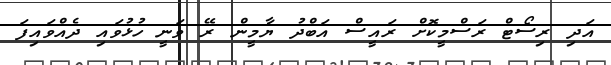
އަދި ރިސޯޓް ރަސްމީކޮށް ރައީސް އަބްދު ޔާމީން ރޭ ވަނީ ހުޅުވައި ދެއްވައިފަ